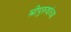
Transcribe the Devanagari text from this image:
स्त्रीपुरुषांच्या